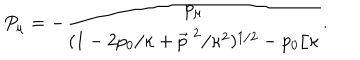
LaTeX: P _ { \mu } = - \frac { p _ { \mu } } { ( 1 - 2 p _ { 0 } / \kappa + \vec { p } ^ { \; 2 } / \kappa ^ { 2 } ) ^ { 1 / 2 } - p _ { 0 } / \kappa } .